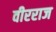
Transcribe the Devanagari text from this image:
वीरराज